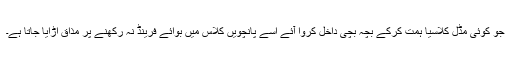
جو کوئی مڈل کلاسیا ہمت کرکے بچہ بچی داخل کروا آئے اسے پانچویں کلاس میں بوائے فرینڈ نہ رکھنے پر مذاق اُڑایا جاتا ہے۔